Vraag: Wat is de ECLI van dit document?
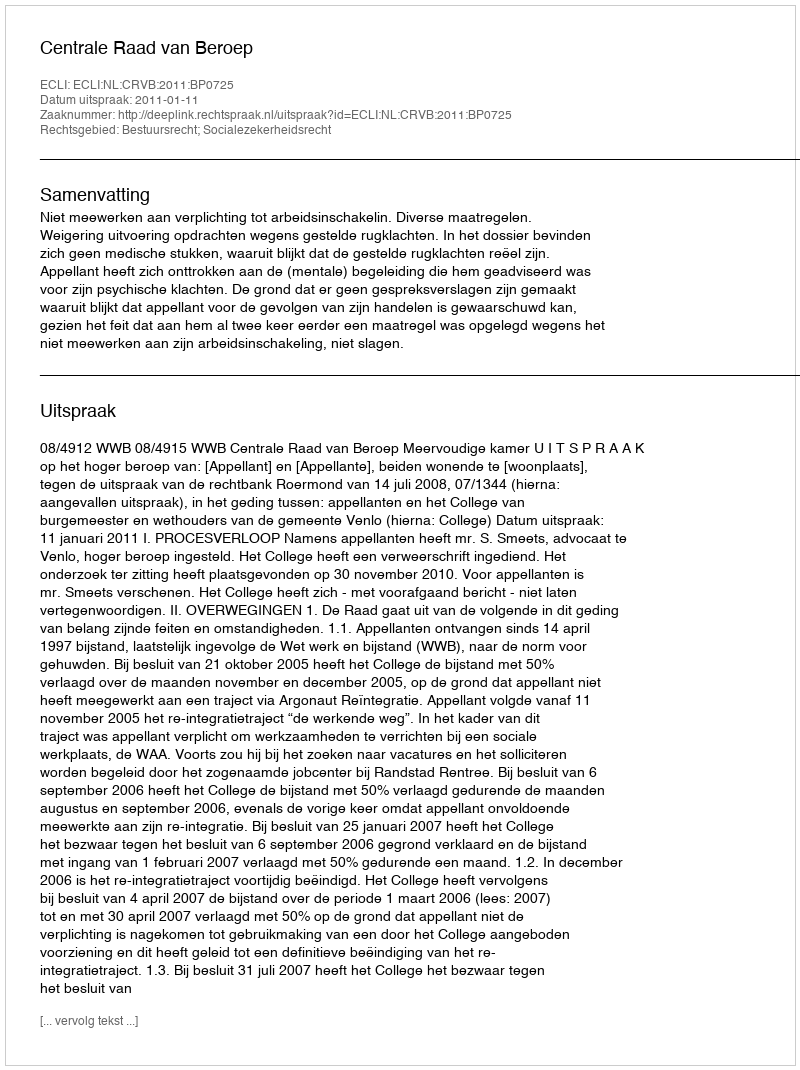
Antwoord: ECLI:NL:CRVB:2011:BP0725